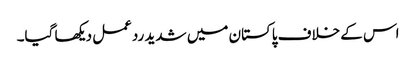
اس کے خلاف پاکستان میں شدید ردعمل دیکھا گیا۔